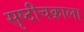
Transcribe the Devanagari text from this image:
सृष्टीचक्राला